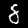
Digit: 8